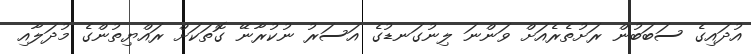
އުދައިގެ ސަބަބުން ރަށުތެރެއަށް ވަންނަ ލިނުގަނޑުގެ އަސަރު ނުކުރާނޭ ގޮތަކަށް ރައްޔިތުންގެ މުދަލާއި